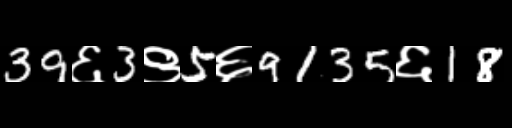
Text: 39६3९5६9135६18